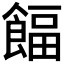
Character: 𩜰